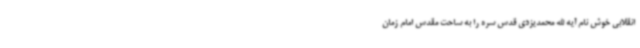
انقلابی خوش نام آیه الله محمدیزدی قدس سره را به ساحت مقدس امام زمان